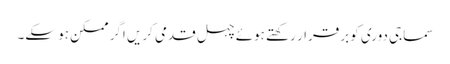
سماجی دوری کو برقرار رکھتے ہوئے چہل قدمی کریں اگر ممکن ہو سکے۔